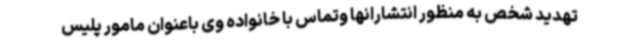
تهدید شخص به منظور انتشارانها وتماس با خانواده وی باعنوان مامور پلیس